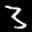
Label: 3